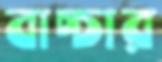
বাচ্চার